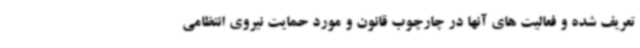
تعریف شده و فعالیت های آنها در چارچوب قانون و مورد حمایت نیروی انتظامی